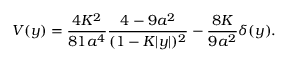
V ( y ) = { \frac { 4 K ^ { 2 } } { 8 1 a ^ { 4 } } } { \frac { 4 - 9 a ^ { 2 } } { ( 1 - K | y | ) ^ { 2 } } } - { \frac { 8 K } { 9 a ^ { 2 } } } \delta ( y ) .